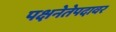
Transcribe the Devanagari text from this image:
पक्षनेतेपदावर